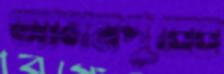
আলমপুরের